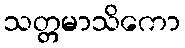
သတ္တမာသိကော